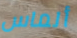
ألماس